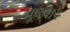
મૂલવાય